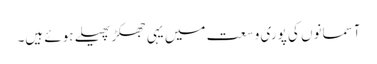
آسمانوں کی پوری وسعت میں یہی جھکڑ پھیلے ہوئے ہیں۔